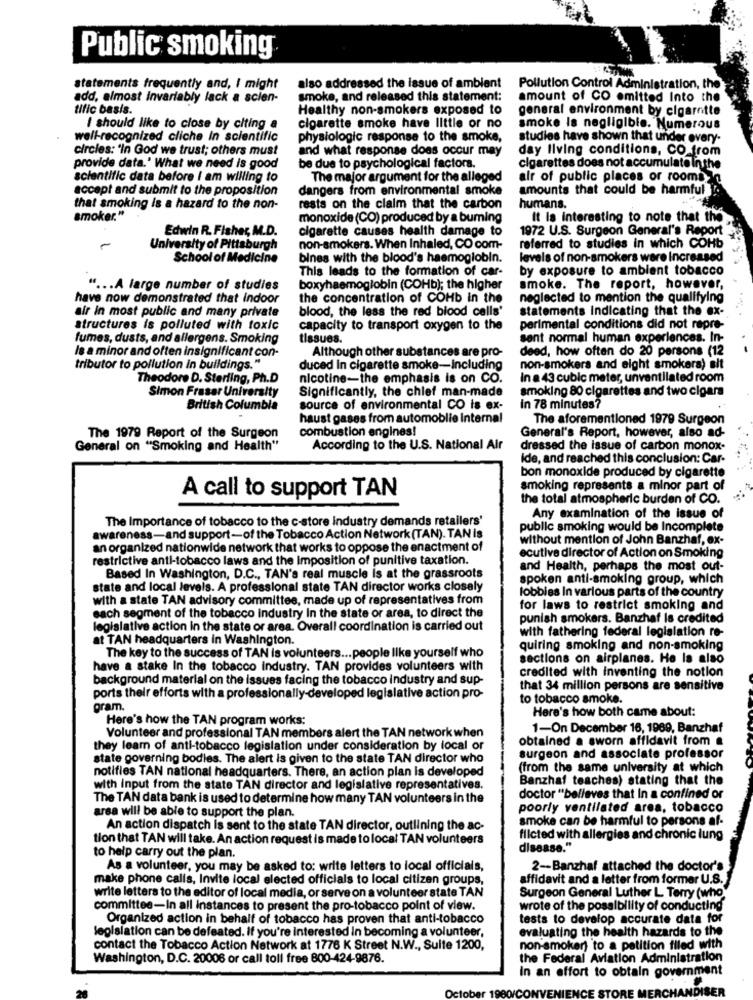
Public smoking
statements frequently and, I might
also addressed the issue of ambient
Pollution Control Administration, the
add, almost Invariably lack a scien-
smoke, and released this statement:
amount of CO emitted Into the
tific basis.
Healthy non-smokers exposed to
general environment by cigarette
I should like to close by citing a
cigarette smoke have little or no
smoke is negligible. Numerous
well-recognized cliche In scientific
physiologic response to the smoke,
studies have shown that under every-
circles: 'In God we trust; others must
and what response doas occur may
day living conditions, CO from
provide data.' What we need is good
be due to psychological factora.
cigarettes does not accumulate in the
scientific data before i am willing to
The major argument for the alleged
air of public places or rooms
accept and submit to the proposition
dangers from environmental smoke
amounts that could be harmful
that smoking is a hazard to the non-
rests on the claim that the carbon
humans.
smoker."
monoxide (CO) produced by a burning
It Is interesting to note that the
Edwin R. Fisher, M.D.
cigarette causes health damage to
1972 U.S. Surgeon General's Report
-
University of Pittsburgh
non-smokers. When Inhaled, CO com-
referred to studies in which COHb
School of Medicine
bines with the blood's haemoglobin.
levels of non-smokers were Increased
This leads to the formation of car-
by exposure to ambient tobacco
" ... A large number of studies
boxyhaemoglobin (COHb); the higher
smoke. The report, however,
have now demonstrated that Indoor
the concentration of COHb in the
neglected to mention the qualifying
blood, the less the red blood cells'
statements Indicating that the ex-
air in most public and many private
structures is polluted with toxic
capacity to transport oxygen to the
perimental conditions did not repre-
fumes, dusts, and allergens. Smoking
tissues.
sent normal human experiences. In-
le a minor and often insignificant con-
deed, how often do 20 persons (12
Although other substances are pro-
tributor to pollution in buildings."
duced in cigarette smoke-including
non-smokers and eight smokers) alt
Theodore D. Sterling, Ph.D
nicotine-the emphasis is on CO.
In a 43 cubic meter, unventilated room
Significantly, the chief man-made
smoking 80 cigarettes and two cigars
Simon Fraser University
British Columbia
source of environmental CO is ex-
in 78 minutes?
haust gases from automoblie Internal
The aforementioned 1979 Surgeon
combustion engines!
The 1979 Report of the Surgeon
General's Report, however, also ad-
General on "Smoking and Health"
According to the U.S. National Air
dressed the issue of carbon monox-
Ide, and reached this conclusion: Car-
bon monoxide produced by cigarette
smoking represents a minor part of
A call to support TAN
the total atmospheric burden of CO.
The Importance of tobacco to the c-store industry demands retailers'
Any examination of the issue of
public smoking would be Incomplete
awareness-and support-of the Tobacco Action Network (TAN). TAN Is
without mention of John Banzhaf, ex-
an organized nationwide network that works to oppose the enactment of
ecutive director of Action on Smoking
restrictive anti-tobacco laws and the Imposition of punitive taxation.
and Health, perhaps the most out-
Based In Washington, D.C ., TAN's real muscle is at the grassroots
spoken anti-smoking group, which
state and local levels. A professional state TAN director works closely
lobbies In various parts of the country
with a state TAN advisory committee, made up of representatives from
for laws to restrict smoking and
each segment of the tobacco industry In the state or area, to direct the
punish smokers. Banzhaf is credited
legislative action in the state or area. Overall coordination is carried out
with fathering federal legislation re-
at TAN headquarters in Washington.
quiring smoking and non-smoking
The key to the success of TAN is volunteers ... people like yourself who
sections on airplanes. He la also
have a stake In the tobacco industry. TAN provides volunteers with
credited with inventing the notion
background material on the issues facing the tobacco industry and sup-
that 34 million persons are sensitive
ports their efforts with a professionally-developed legislative action pro-
to tobacco smoke.
pram.
Here's how both came about:
Here's how the TAN program works:
1-On December 16, 1989, Banzhaf
Volunteer and professional TAN members alert the TAN network when
obtained a sworn affidavit from a
they learn of anti-tobacco legislation under consideration by local or
state governing bodies. The alert is given to the state TAN director who
surgeon and associate professor
notifies TAN national headquarters. There, an action plan is developed
(from the same university at which
Banzhaf teaches) stating that the
with input from the state TAN director and legislative representatives.
The TAN data bank is used to determine how many TAN volunteers in the
doctor "believes that In a confined or
area will be able to support the plan.
poorly ventilated area, tobacco
smoke can be harmful to persons af-
An action dispatch is sent to the state TAN director, outlining the ac-
tion that TAN will take. An action request is made to local TAN volunteers
filcted with allergies and chronic lung
disease."
to help carry out the plan.
As a volunteer, you may be asked to: write letters to local officials,
2 -- Banzhaf attached the doctor's
make phone calls, Invite local elected officials to local citizen groups,
affidavit and a letter from former U.S.
write letters to the editor of local media, or serve on a volunteer state TAN
Surgeon General Luther L Terry (who)
committee-In all instances to present the pro-tobacco point of view.
wrote of the possibility of conducting
Organized action in behalf of tobacco has proven that anti-tobacco
tests to develop accurate data for
evaluating the health hazards to the
legislation can be defeated. If you're interested In becoming a volunteer,
contact the Tobacco Action Network at 1776 K Street N.W ., Sulte 1200,
non-smokers to a petition filed with
Washington, D.C. 20006 or call toll free 800-424-9876.
the Federal Aviation Administration
In an effort to obtain government
IDISER